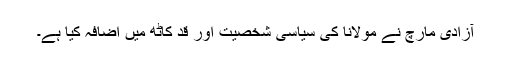
آزادی مارچ نے مولانا کی سیاسی شخصیت اور قد کاٹھ میں اضافہ کیا ہے۔